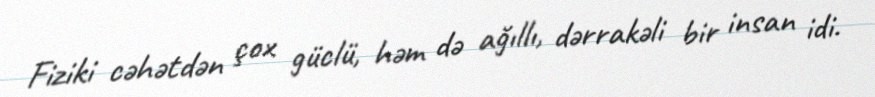
Fiziki cəhətdən çox güclü, həm də ağıllı, dərrakəli bir insan idi.